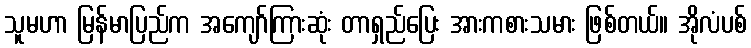
သူမဟာ မြန်မာပြည်က အကျော်ကြားဆုံး တာရှည်ပြေး အားကစားသမား ဖြစ်တယ်။ အိုလံပစ်